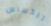
تيكساس